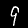
Label: 9